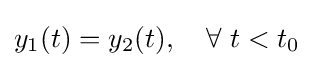
y_{1}(t)=y_{2}(t),\quad \forall \ t<t_{0}